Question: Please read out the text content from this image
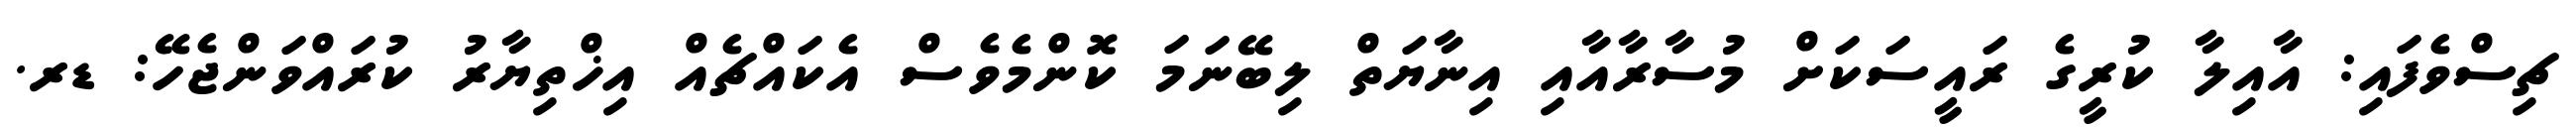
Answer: ޗިސްވެފައި: އާއިލާ ކުރީގެ ރައީސަކަށް މުސާރާއާއި އިނާޔަތް ލިބޭނަމަ ކޮންމެވެސް އެކައްޗެއް އިޚްތިޔާރު ކުރައްވަންޖެހޭ: ޑރ.